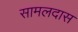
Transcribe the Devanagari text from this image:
सामलदास